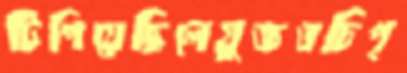
টিপিয়েছিলেযুক্তওচিপ্‌